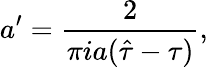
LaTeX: a^{\prime}={\frac{2}{\pi ia(\hat{\tau}-\tau)}},